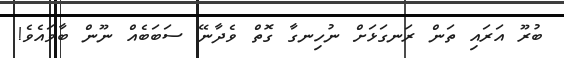
ބުރޫ އަރައި ތަން ރަނގަޅަށް ނުހިނގާ ގޮތް ވެދާނޭ ސަބަބެއް ނޫން ބާވައެވެ!